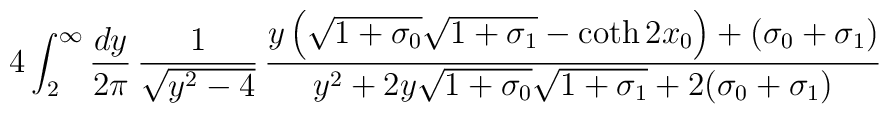
4\int_{2}^{\infty} \frac{dy}{2\pi}\,\frac{1}{\sqrt{y^{2}-4}}\,\frac{y\left(\sqrt{1+\sigma_{0}}\sqrt{1+\sigma_{1}}-\coth 2x_{0}\right)+(\sigma_{0}+\sigma_{1})}{y^{2}+2y\sqrt{1+\sigma_{0}}\sqrt{1+\sigma_{1}}+2(\sigma_{0}+\sigma_{1})}